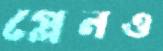
প্লেনও